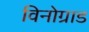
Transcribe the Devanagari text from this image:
विनोग्राड